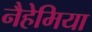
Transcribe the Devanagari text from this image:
नैहेमिया